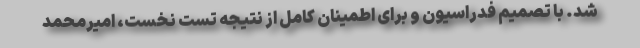
شد. با تصمیم فدراسیون و برای اطمینان کامل از نتیجه تست نخست، امیرمحمد